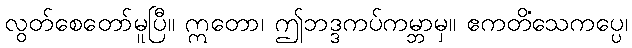
လွတ်စေတော်မူပြီ။ ဣတော၊ ဤဘဒ္ဒကပ်ကမ္ဘာမှ။ ဧကတိံသေကပ္ပေ၊